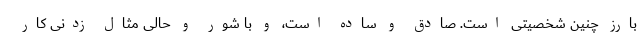
بارز چنین شخصیتی است. صادق و ساده است، و با شور و حالی مثال زدنی کار